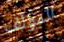
المؤلف